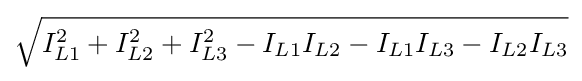
{\sqrt {I_{L1}^{2}+I_{L2}^{2}+I_{L3}^{2}-I_{L1}I_{L2}-I_{L1}I_{L3}-I_{L2}I_{L3}}}